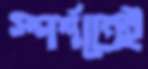
স্পর্শতেই